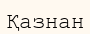
Қазнан